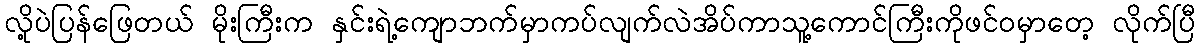
လို့ပဲပြန်ဖြေတယ် မိုးကြီးက နှင်းရဲ့ကျောဘက်မှာကပ်လျက်လဲအိပ်ကာသူ့ကောင်ကြီးကိုဖင်ဝမှာတေ့ လိုက်ပြီ